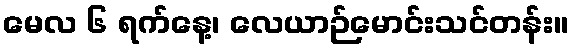
မေလ ၆ ရက်နေ့၊ လေယာဉ်မောင်းသင်တန်း။